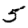
Digit: 5